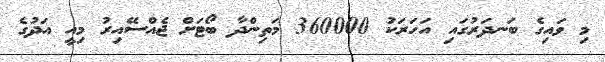
މި ވައިގެ ބަނދަރުގައި އަހަރަކު 360000 މަތިންދާ ބޯޓަށް ޖެއްސޭއިރު މިއީ އަދުގެ